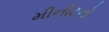
મીનીટનો